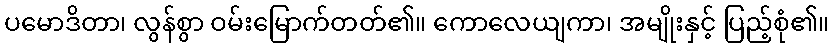
ပမောဒိတာ၊ လွန်စွာ ဝမ်းမြောက်တတ်၏။ ကောလေယျကာ၊ အမျိုးနှင့် ပြည့်စုံ၏။